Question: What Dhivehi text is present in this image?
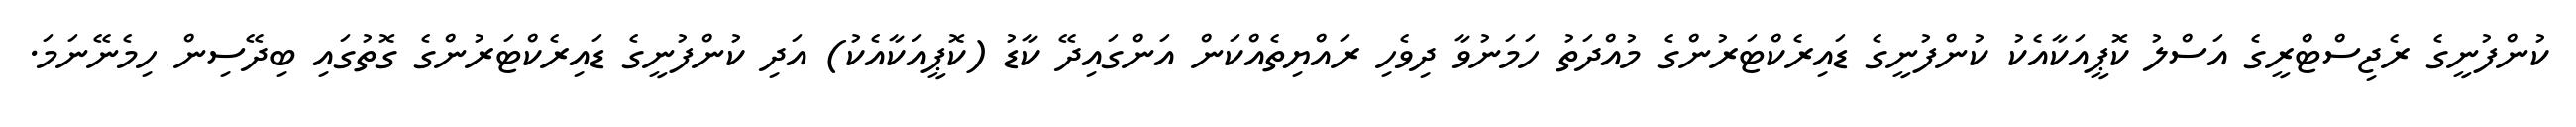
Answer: ކުންފުނީގެ ރެޖިސްޓްރީގެ އަސްލު ކޮޕީއަކާއެކު ކުންފުނީގެ ޑައިރެކްޓަރުންގެ މުއްދަތު ހަމަނުވާ ދިވެހި ރައްޔިތެއްކަން އަންގައިދޭ ކާޑު (ކޮޕީއަކާއެކު) އަދި ކުންފުނީގެ ޑައިރެކްޓަރުންގެ ގޮތުގައި ބިދޭސިން ހިމެނޭނަމަ.